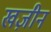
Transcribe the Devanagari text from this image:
खज़ीन